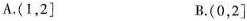
A. (1,2] B. (0,2]